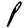
Character: P